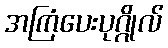
အကြံပေးပုဂ္ဂိုလ်